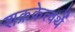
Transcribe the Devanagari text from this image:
शक्रकेत्वर्थे